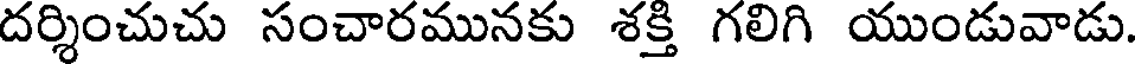
దర్శించుచు సంచారమునకు శక్తి గలిగి యుండువాడు.